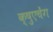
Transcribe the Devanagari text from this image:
क्षुएचेंग